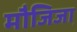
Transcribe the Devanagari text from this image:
मौजिजा़